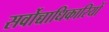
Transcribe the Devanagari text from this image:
सर्वोच्चाधिकारियों